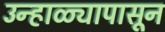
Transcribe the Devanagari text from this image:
उन्हाळ्यापासून